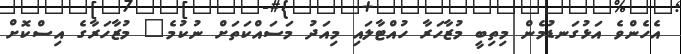
އެހެންވެ އަޅުގަނޑުމެން މިތިބީ މުޒާހަރާ ހުއްޓާލައި މިއަދު މަސައްކަތަށް ނުކުމެ" މުޒާހަރާގެ އިސްކޮށް